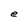
Character: e